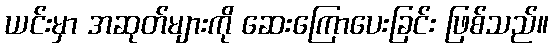
ယင်းမှာ အဆုတ်များကို ဆေးကြောပေးခြင်း ဖြစ်သည်။